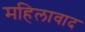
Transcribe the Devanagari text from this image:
महिलावाद